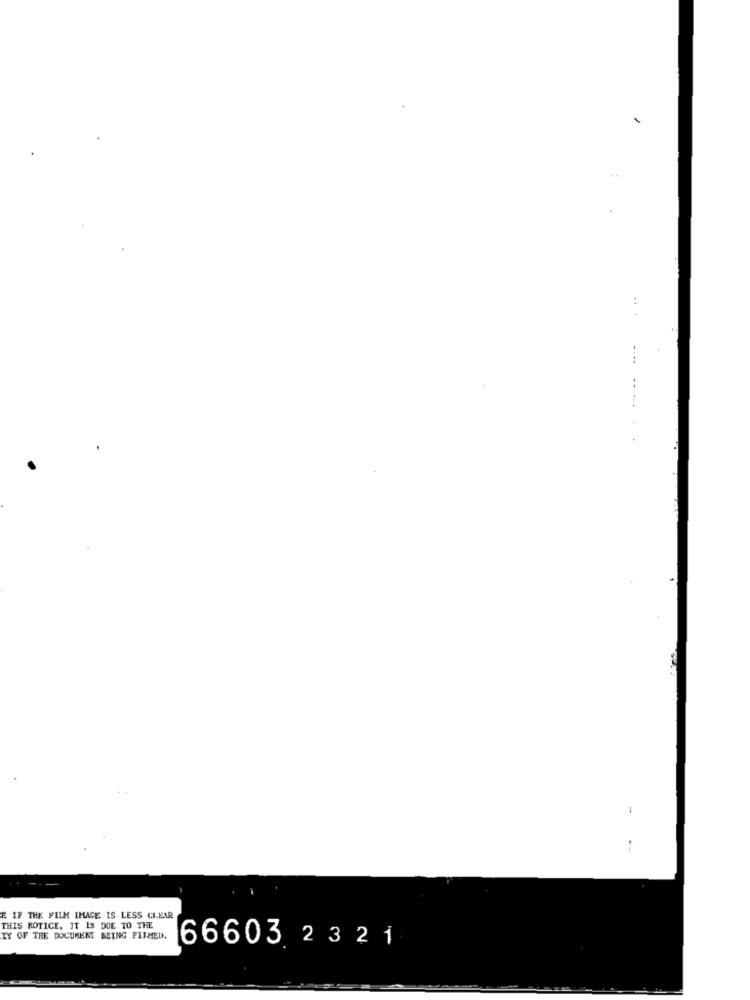
...
..
..
E IF THE FILM IMAGE IS LESS CLEAR
THIS NOTICE. IT IS DUE TO THE
TY OF THE DOCUMENT BEING PILMED.
66603 2 3 2 1